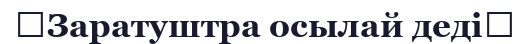
《Заратуштра осылай деді》